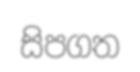
සිපගත